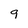
Character: 9